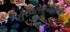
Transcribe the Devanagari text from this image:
सुखसमृद्धीसाठी